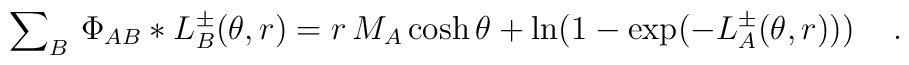
\sum\nolimits_{B}\,\Phi _{AB}\ast L_{B}^{\pm }(\theta ,r)=r\,M_{A}\cosh\theta +\ln (1-\exp (-L_{A}^{\pm }(\theta ,r)))\quad \,.